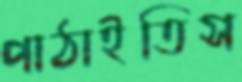
পাঠাইতিস